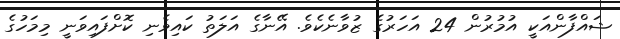
ޝައްފާންއަކީ އުމުރުން 24 އަހަރުގެ ޒުވާނެކެވެ. އޭނާގެ އަލަތު ކައިވެނި ކޮށްފައިވަނީ މިމަހުގެ